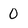
Character: 0